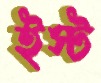
ইস্ট